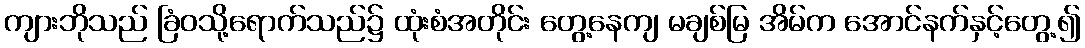
ကျားဘိုသည် ခြံဝသို့ရောက်သည်၌ ထုံးစံအတိုင်း တွေ့နေကျ မချစ်မြ အိမ်က အောင်နက်နှင့်တွေ့၍